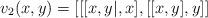
LaTeX: \begin{align*}v_2(x,y)=[[[x,y|, x], [[x,y], y]]\end{align*}